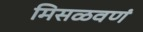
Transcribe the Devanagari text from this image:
मिसळवणं